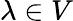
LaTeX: \lambda\in V